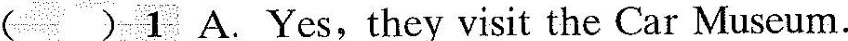
( ) 1 A. Yes,they visit the Car Museum.